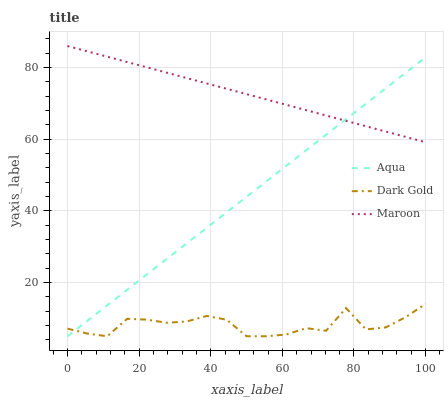
| xaxis_label | Aqua | Dark Gold | Maroon |
 | --- | --- | --- | --- |
 | 0 | 5 | 7.13 | 86 |
 | 5.56 | 9.33 | 5.74 | 84.5 |
 | 11.1 | 13.7 | 5 | 83 |
 | 16.7 | 18 | 9.88 | 81.5 |
 | 22.2 | 22.3 | 9.63 | 80 |
 | 27.8 | 26.6 | 8.75 | 78.5 |
 | 33.3 | 31 | 9.14 | 77 |
 | 38.9 | 35.3 | 10.7 | 75.6 |
 | 44.4 | 39.6 | 9.62 | 74.1 |
 | 50 | 43.9 | 5 | 72.6 |
 | 55.6 | 48.3 | 5 | 71.1 |
 | 61.1 | 52.6 | 5.49 | 69.6 |
 | 66.7 | 56.9 | 7.26 | 68.1 |
 | 72.2 | 61.2 | 6.53 | 66.6 |
 | 77.8 | 65.6 | 12.9 | 65.1 |
 | 83.3 | 69.9 | 6.92 | 63.6 |
 | 88.9 | 74.2 | 7.47 | 62.1 |
 | 94.4 | 78.5 | 10.3 | 60.6 |
 | 100 | 82.9 | 14 | 59.1 |